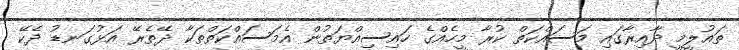
ތައުލީމީ ދާއިރާގައި މަސައްކަތް ކުރާ މީހެއްގެ ހައިސިއްޔަތުން އެމަސައްކަތްތަކާ ދޭތެރޭ އަޅުގަނޑު ދެކޭ